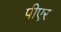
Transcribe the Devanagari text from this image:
पीएर